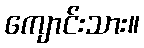
ကျောင်းသား။